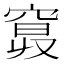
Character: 𥦦